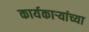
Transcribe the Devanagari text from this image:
कार्यकाऱ्यांच्या